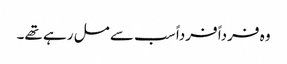
وہ فرداً فرداً سب سے مل رہے تھے۔